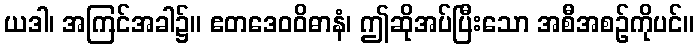
ယဒါ၊ အကြင်အခါ၌။ ဧတဒေဝဝိဓာနံ၊ ဤဆိုအပ်ပြီးသော အစီအစဉ်ကိုပင်။